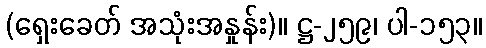
(ရှေးခေတ် အသုံးအနှုန်း)။ ဋ္ဌ-၂၅၉၊ ပါ-၁၅၃။